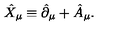
\hat { X } _ { \mu } \equiv \hat { \partial } _ { \mu } + \hat { A } _ { \mu } .